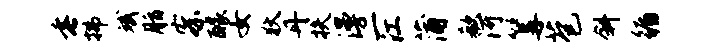
垂拂斌脂察醵女狄丹扶漫一江蒲欷河篝苞斜循